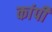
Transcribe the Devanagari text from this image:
कांपी